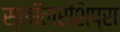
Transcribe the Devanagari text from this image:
स्कॉलरशिप्स